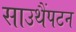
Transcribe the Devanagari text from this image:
साउथैंपटन